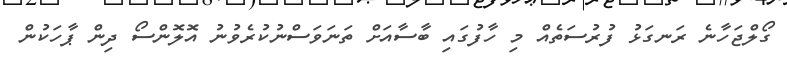
ގޯލްޖަހާނެ ރަނގަޅު ފުރުސަތެއް މި ހާފުގައި ބާސާއަށް ތަނަވަސްނުކުރެވުނު އޮލޮންސޯ ދިން ޕާހަކުން